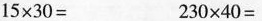
$$15\times 30=$$ $$230\times 40=$$